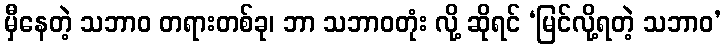
မှီနေတဲ့ သဘာဝ တရားတစ်ခု၊ ဘာ သဘာဝတုံး လို့ ဆိုရင် ‘မြင်လို့ရတဲ့ သဘာဝ’